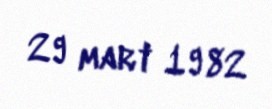
29 mart 1982